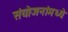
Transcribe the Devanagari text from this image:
संयोजनांमध्ये